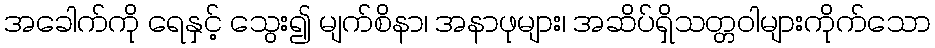
အခေါက်ကို ရေနှင့် သွေး၍ မျက်စိနာ၊ အနာဖုများ၊ အဆိပ်ရှိသတ္တဝါများကိုက်သော